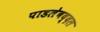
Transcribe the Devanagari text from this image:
पाडलेबद्दल